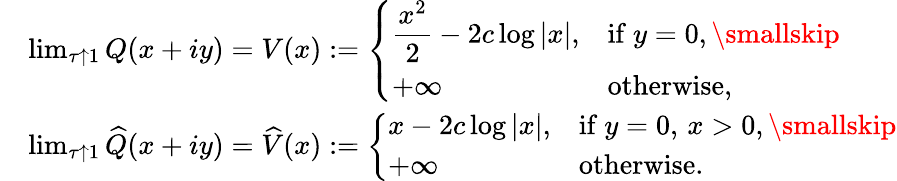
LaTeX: \begin{array}{rl}&{\operatorname*{lim}_{\tau\uparrow 1}Q(x+iy)=V(x):=\left\{ \begin{array}{ll}{\displaystyle\frac{x^{2}}{2}-2c\log|x|,}&{\mathrm{if~}y=0,\smallskip}\\ {+\infty}&{\mathrm{otherwise},}\end{array}\right.}\\ &{\operatorname*{lim}_{\tau\uparrow 1}\widehat{Q}(x+iy)=\widehat{V}(x):=\left\{ \begin{array}{ll}{\displaystyle x-2c\log|x|,}&{\mathrm{if~}y=0,\, x>0,\smallskip}\\ {+\infty}&{\mathrm{otherwise}.}\end{array}\right.}\end{array}